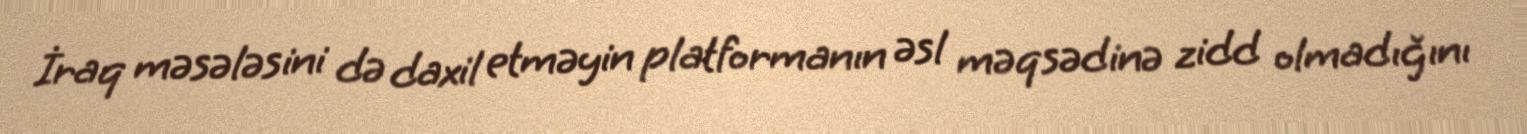
İraq məsələsini də daxil etməyin platformanın əsl məqsədinə zidd olmadığını